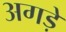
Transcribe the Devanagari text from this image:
अगड़े